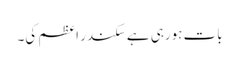
بات ہورہی ہے سکندر اعظم کی۔